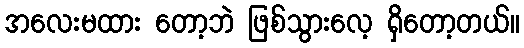
အလေးမထား တော့ဘဲ ဖြစ်သွားလေ့ ရှိတော့တယ်။